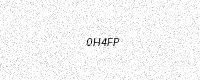
Text: 0H4FP